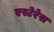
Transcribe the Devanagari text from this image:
एस्टेरेस